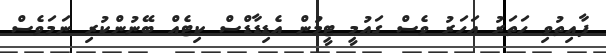
ފާއިތުވި ހަތަރު އަހަރު ވެސް ގައުމީ ޓީމުން އެޑިޑާޑްސް ކިޓެއް ބޭނުންކުރި ނަމަވެސް